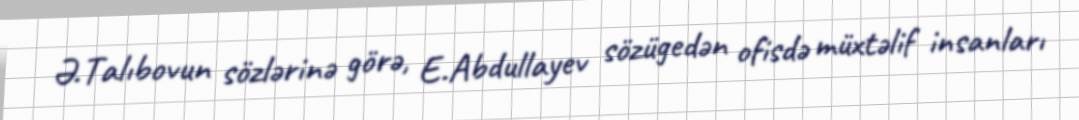
Ə.Talıbovun sözlərinə görə, E.Abdullayev sözügedən ofisdə müxtəlif insanları